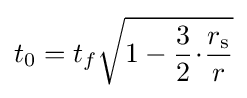
t_{0}=t_{f}{\sqrt {1-{\frac {3}{2}}\!\cdot \!{\frac {r_{\rm {s}}}{r}}}}